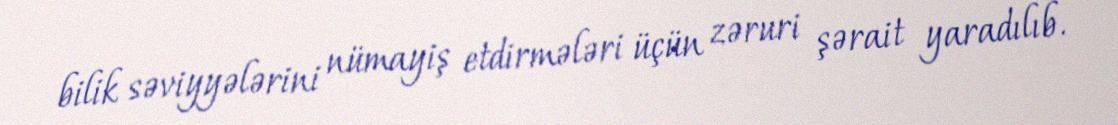
bilik səviyyələrini nümayiş etdirmələri üçün zəruri şərait yaradılıb.